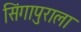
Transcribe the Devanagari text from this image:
सिंगापुराला